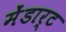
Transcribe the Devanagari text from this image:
मेंडार्ट